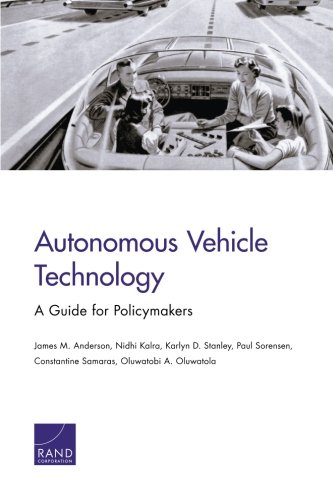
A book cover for Autonomous Vehicle Technology: A Guide for Policymakers (Transportation, Space, and Technology Program); James M. Anderson; Engineering & Transportation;